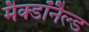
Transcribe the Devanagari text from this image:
मैक्डॉनैल्ड